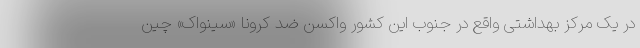
در یک مرکز بهداشتی واقع در جنوب این کشور واکسن ضد کرونا «سینواک» چین